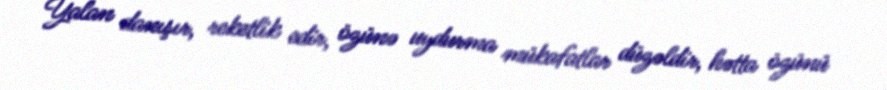
Yalan danışır, reketlik edir, özünə uydurma mükafatlar düzəldir, hətta özünü